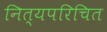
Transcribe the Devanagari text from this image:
नित्यपरिचित